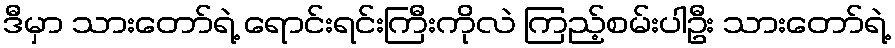
ဒီမှာ သားတော်ရဲ့ ရောင်းရင်းကြီးကိုလဲ ကြည့်စမ်းပါဦး သားတော်ရဲ့